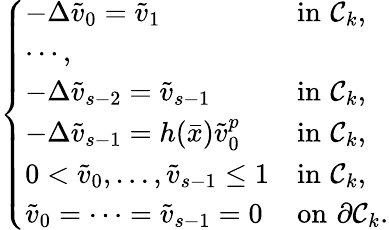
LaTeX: \left\{ \begin{array}{ll}{-\Delta\tilde{v}_{0}=\tilde{v}_{1}\ \ \ \ \ \ \ \ \ \ }&{\mathrm{in}\, \, \mathcal C_{k},}\\ {\cdots,}\\ {-\Delta\tilde{v}_{s-2}=\tilde{v}_{s-1}}&{\mathrm{in}\, \, \mathcal C_{k},}\\ {-\Delta\tilde{v}_{s-1}=h(\bar{x})\tilde{v}_{0}^{p}}&{\mathrm{in}\, \, \mathcal C_{k},}\\ {0<\tilde{v}_{0},\ldots,\tilde{v}_{s-1}\leq 1}&{\mathrm{in}\, \, \mathcal C_{k},}\\ {\tilde{v}_{0}=\cdots=\tilde{v}_{s-1}=0}&{\mathrm{on}\, \, \partial\mathcal C_{k}.}\end{array}\right.